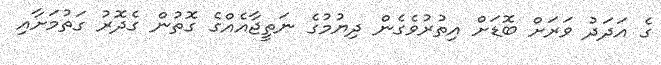
ގެ އަދަދު ވަރަށް ބޮޑަށް އިތުރުވެގެން ދިޔުމުގެ ނަތީޖާއެއްގެ ގޮތުން ގެދޮރު ގަތުމަށާއި